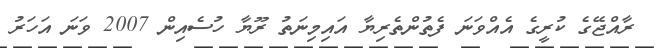
ރާއްޖޭގެ ކުރީގެ އެއްވަނަ ފެތުންތެރިޔާ އައިމިނަތު ރޫޔާ ހުސެއިން 2007 ވަނަ އަހަރު